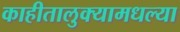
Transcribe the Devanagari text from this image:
काहीतालुक्यामधल्या